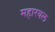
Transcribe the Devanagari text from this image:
महारवल